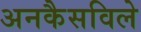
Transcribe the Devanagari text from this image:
अनकैसविले